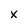
Character: X